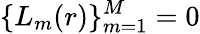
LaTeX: \{ L_{m}(r)\} _{m=1}^{M}=0